Scottish Certificate of Education, 1963
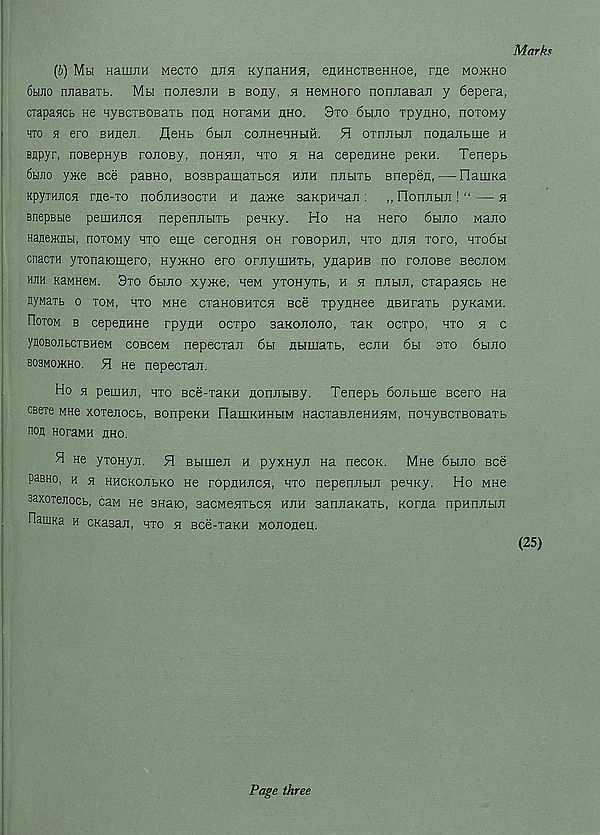
Marks
(b) Mu HamxiH MeCTO nna RynaHHH, eflHHCTBeHHoe, me mojkho
6bmo njiaBaib. Mh nojiesxiH b sony, a neMHoro nonnaBan y 6epera,
ciapaHCb He HyBCTBOBarb non noraMH hho. 3to 6bino TpynHo, noxoMy
hto h ero BHneji. flenb 6bm cojiHeHHbift. H oxnnbm nonantme h
Bnpyr, noeepHyB ronoBy, noHnn, qxo h na cepenHHe peKH. Tenept
6bmo y>Ke see pasHO, B03BpamaxbC5i hxih nnuxt snepen,—FlauiKa
KpyiHJicH rne-xo nodjinaocxH h na>Ke saKpHnaxi: „ IlonjibiJi! “ — h
Bnepsue peuiHncji nepennbixb penKy. Ho na Hero 6biiro Mano
Hanemjibi, noxoMy hxo eme ceronHH oh roBopHJi, hxo hjih xoro, axodbi
cnacxH yxonaiomero, HymHO ero orJiyuiHXb, ynapHB no ronoBe BecnoM
hjih KaMHew. Sxo 6bmo xy>Ke, new yxonyxb, h h nnbui, cxapancb ne
nyMaxb o xom, hxo mhc cxaHOBuxcn Bee xpynnee nBHraxb pyKaMH.
Ootom b cepenHHe rpynH ocxpo saKonono, xaK ocxpo, hxo h c
ynoBOJibcxBHeM cobccm nepecxan 6h nbimaxb, ecnH 6bi sxo 6bino
bosmwkho. H He nepecxan.
Ho n pemHJi, hxo Bce-xaKH nonnbiBy. Tenepb 6onbine Bcero na
CBexe MHe xoxenocb, sonpeKH FlaiiiKHHbiM HacxaBJieHHHM, nonyBCXBOBaxb
non HoraMH nno.
H He yxoHyn. H Bbimeji h pyxHyji Ha necox. Mne 6buio see
PaBHo, h h HHCKOJibKO He ropnHncH, hxo nepennun peHKy. Ho MHe
saxoxenocb, chm He snaKi, BacMenxbcn huh sanJiaKaxb, Korna npHroibin
namna h cKasan, hxo h Bce-xaKH Mononen.
Page three